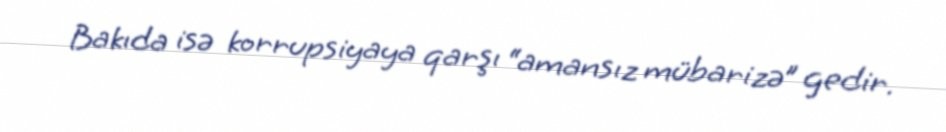
Bakıda isə korrupsiyaya qarşı “amansız mübarizə” gedir.